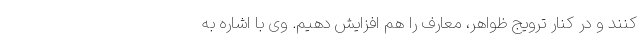
کنند و در کنار ترویج ظواهر، معارف را هم افزایش دهیم. وی با اشاره به